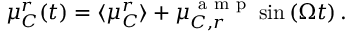
\mu _ { C } ^ { r } ( t ) = \langle \mu _ { C } ^ { r } \rangle + \mu _ { C , r } ^ { \mathrm { ~ a ~ m ~ p ~ } } \sin { \left( \Omega t \right) } \, .